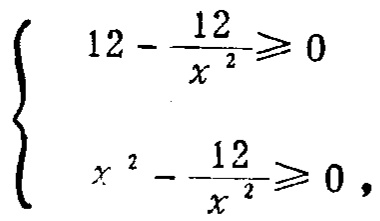
\[\begin{cases}

12 - \frac{12}{x^{2}}\geqslant0 \\

x^{2} - \frac{12}{x^{2}}\geqslant0

\end{cases}\]